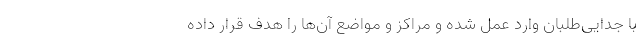
با جدایی‌طلبان وارد عمل شده و مراکز و مواضع آن‌ها را هدف قرار داده